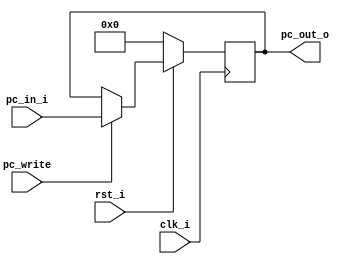
// 0716089
//Subject:     CO project 2 - PC
//--------------------------------------------------------------------------------
//Version:     1
//--------------------------------------------------------------------------------
//Writer:      Luke
//----------------------------------------------
//Date:        
//----------------------------------------------
//Description: 
//--------------------------------------------------------------------------------
`timescale 1ns/1ps
module ProgramCounter(
    clk_i,
	rst_i,
	pc_write,
	pc_in_i,
	pc_out_o
	);
     
//I/O ports
input           clk_i;
input	        rst_i;
input 			pc_write;
input  [32-1:0] pc_in_i;
output [32-1:0] pc_out_o;
 
//Internal Signals
reg    [32-1:0] pc_out_o;
 
//Parameter

    
//Main function
always @(posedge clk_i) begin
    if(~rst_i)
	    pc_out_o <= 0;
	else
		begin
			if(pc_write)	
				pc_out_o <= pc_in_i;
			else 
				pc_out_o <= pc_out_o;
		end
end

endmodule